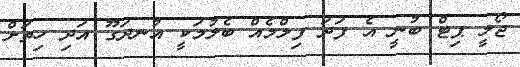
ޖޯލީ ޕިޓް ބުނީ އެ ފަދަ ފިލްމެއް ބެލުމަކީ އުނދަގޫ އަދި ހިތަށް